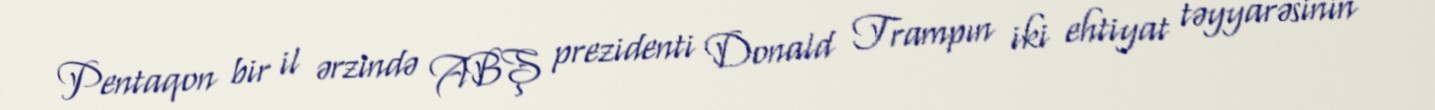
Pentaqon bir il ərzində ABŞ prezidenti Donald Trampın iki ehtiyat təyyarəsinin